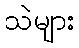
သဲများ